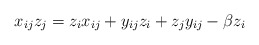
\begin{gather*}x_{ij} z_j=z_{i} x_{ij}+y_{ij} z_i+z_j y_{ij}-\beta z_{i}\end{gather*}